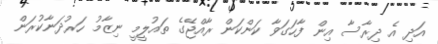
އަދި އެ ދިރާސާ އިން ފާހަގަވާ ކަންކަން ރާއްޖޭގެ ތައުލީމީ ނިޒާމު ހަރުދަނާކުރަން